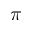
\pi